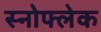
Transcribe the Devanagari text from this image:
स्नोफ्लेक